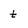
Character: t